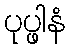
ပုပ္ဖါနံ